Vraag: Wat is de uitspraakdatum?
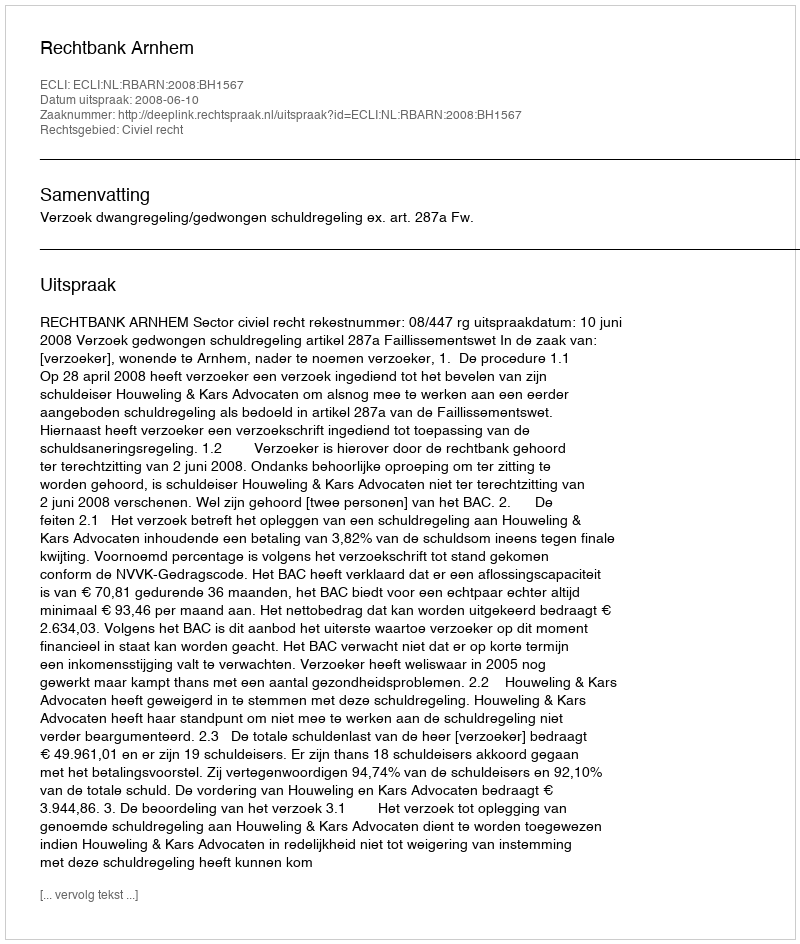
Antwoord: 2008-06-10